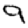
Digit: 9